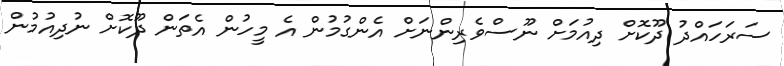
ސަރަހައްދު ދޫކޮށް ދިއުމަށް ނޫސްވެރިންނަށް އެންގުމުން އެ މީހުން އެތަން ދޫކޮށް ނުދިއުމުން